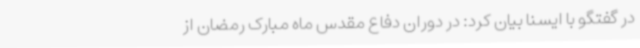
در گفتگو با ایسنا بیان کرد: در دوران دفاع مقدس ماه مبارک رمضان از